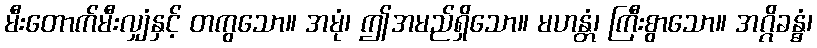
မီးတောက်မီးလျှံနှင့် တကွသော။ အမုံ၊ ဤအမည်ရှိသော။ မဟန္တံ၊ ကြီးစွာသော။ အဂ္ဂိခန္ဓံ၊